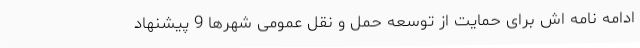
ادامه نامه اش برای حمایت از توسعه حمل و نقل عمومی شهرها 9 پیشنهاد